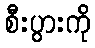
စီးပွားကို